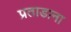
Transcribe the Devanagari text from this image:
प्रताडाना